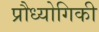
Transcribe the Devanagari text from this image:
प्रौध्योगिकी